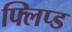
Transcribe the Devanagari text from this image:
फ्लिप्ड